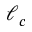
\ell _ { c }